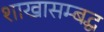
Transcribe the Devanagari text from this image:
शाखासम्बद्ध